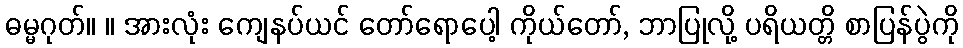
ဓမ္မဂုတ်။ ။ အားလုံး ကျေနပ်ယင် တော်ရောပေါ့ ကိုယ်တော်, ဘာပြုလို့ ပရိယတ္တိ စာပြန်ပွဲကို